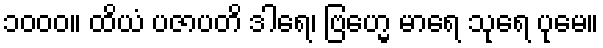
၁၀၀၀။ ထိယံ ပဇာပတိ ဒါရေ၊ ဗြဟ္မေ မာရေ သုရေ ပုမေ။